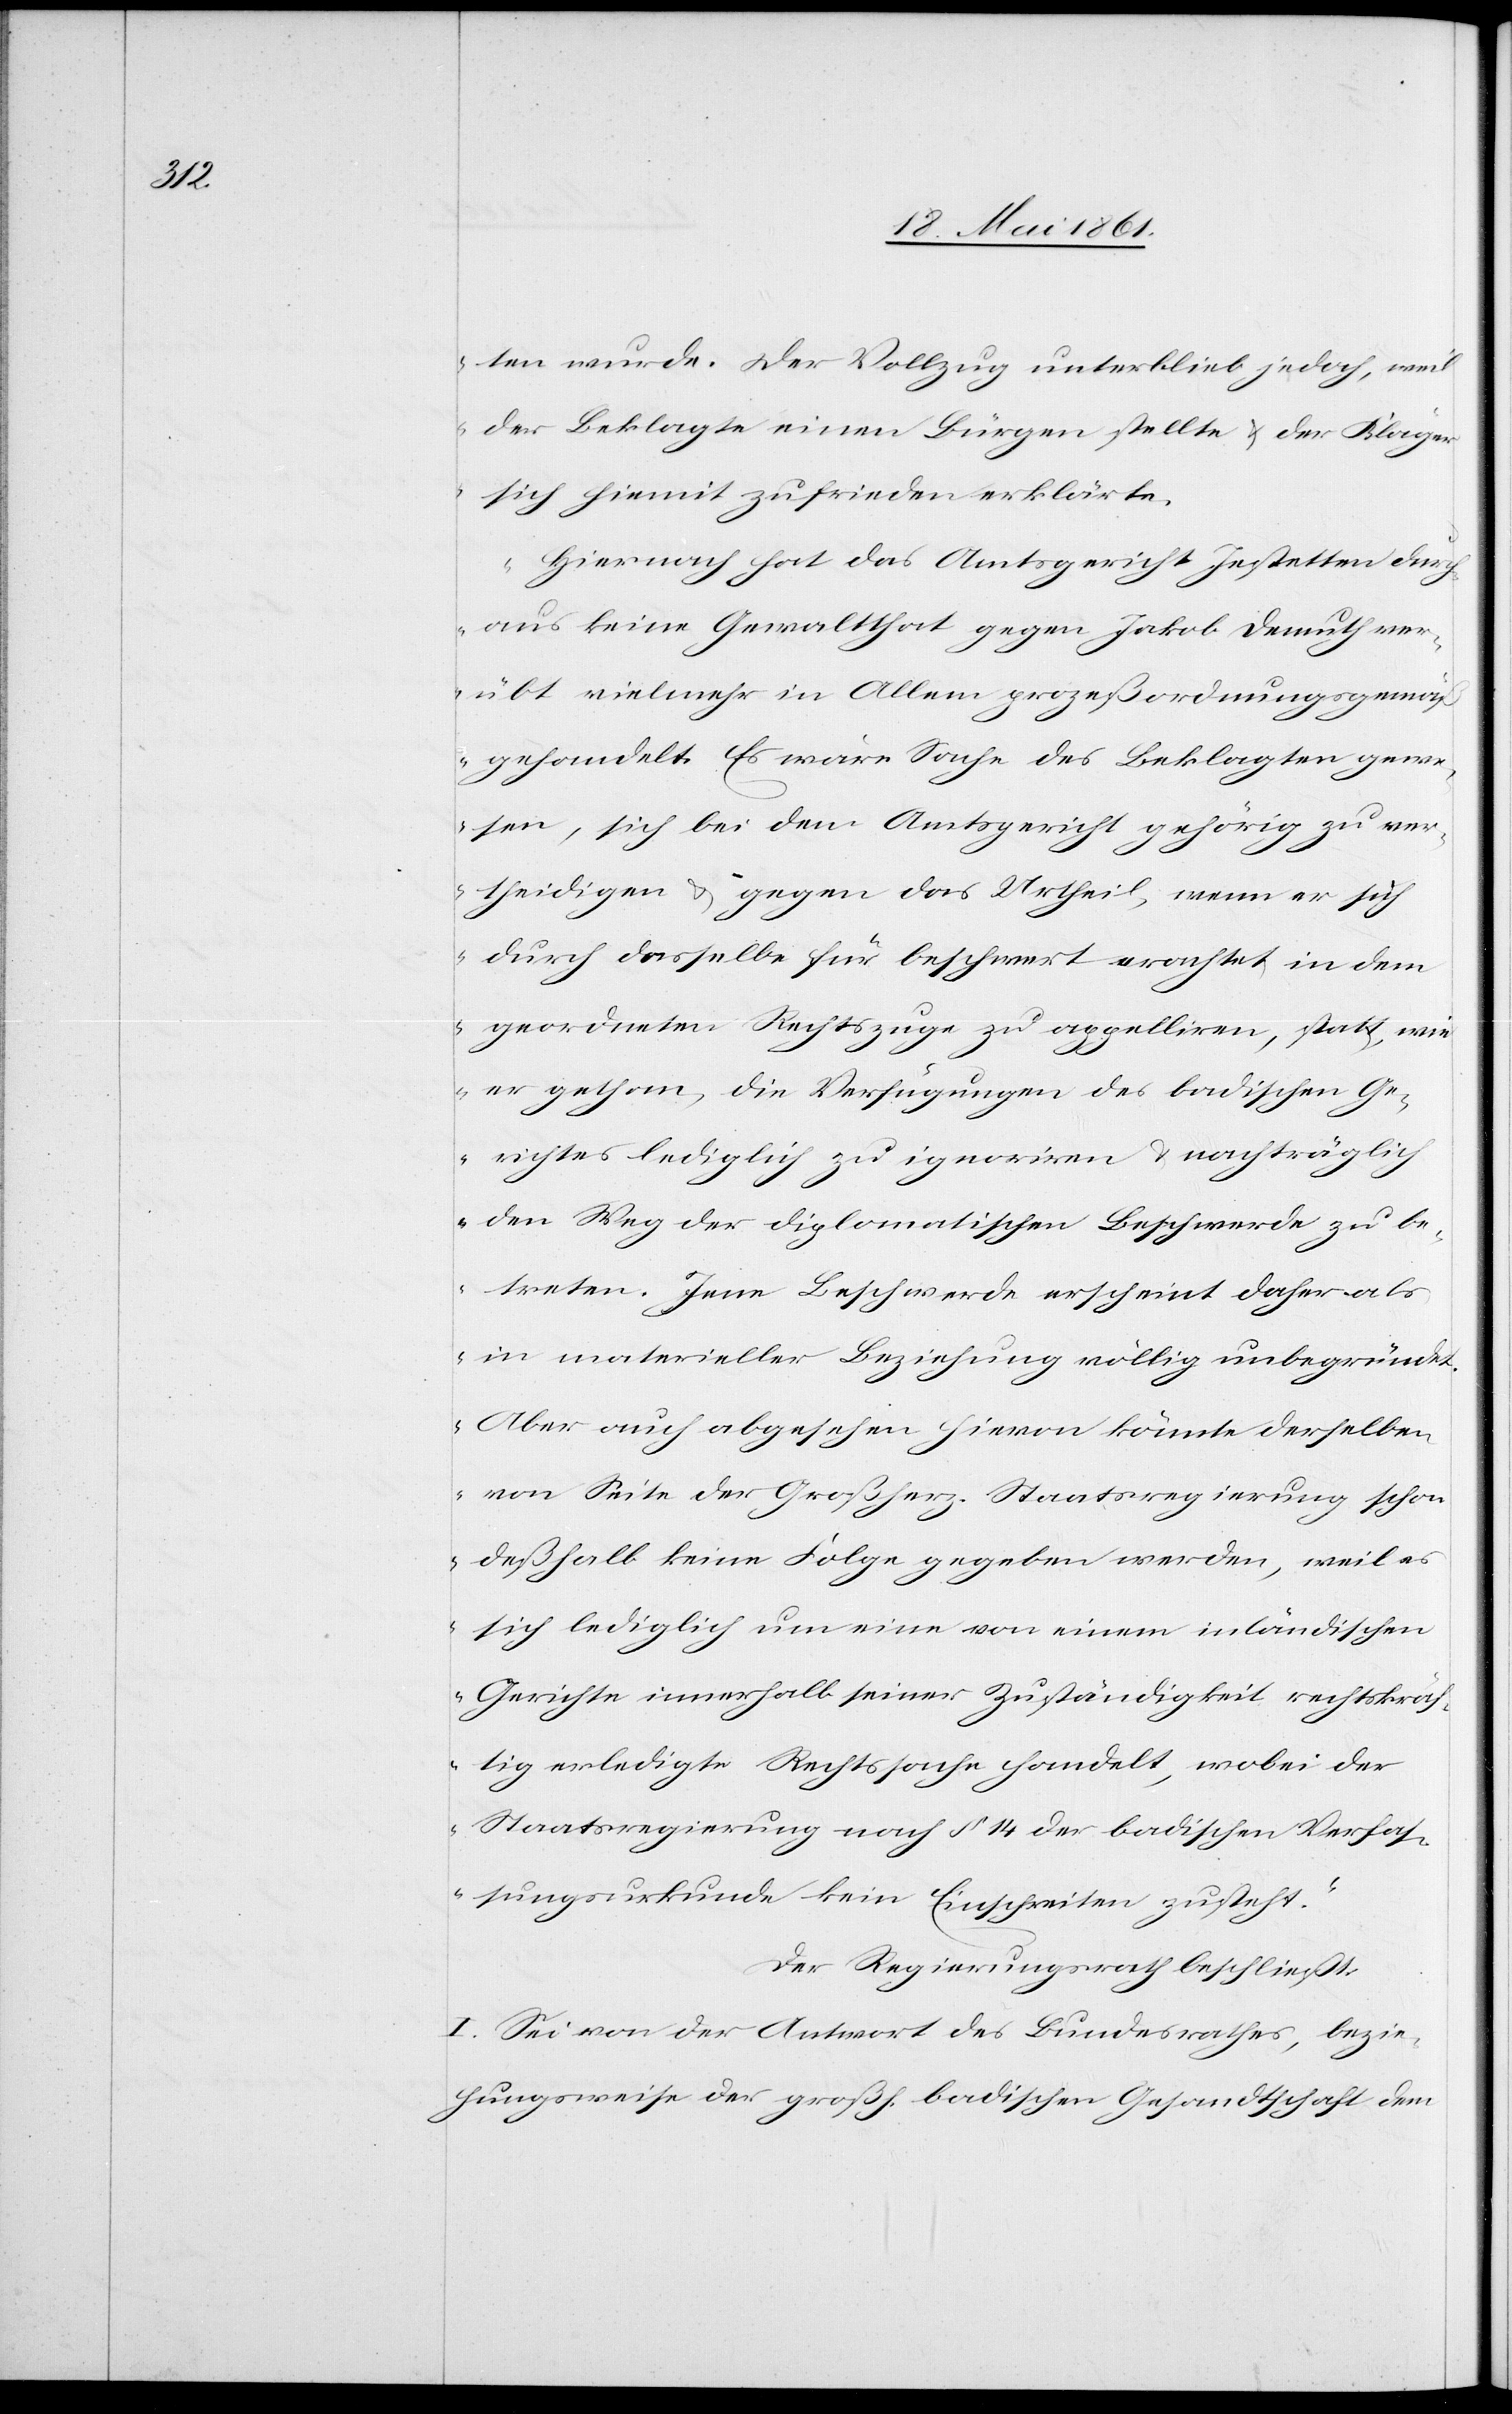
ten wurde. Der Vollzug unterblieb jedoch, weil
der Beklagte einen Bürgen stellte u. der Kläger
sich hiemit zufrieden erklärte.
Hiernach hat das Amtsgericht Jestetten durch¬
aus keine Gewaltthat gegen Jakob Demuth ver¬
übt vielmehr in Allem prozeßordnungsgemä¬
ß gehandelt. Es wäre Sache des Beklagten gewe¬
sen, sich bei dem Amtsgericht gehörig zu ver¬
theidigen u. gegen das Urtheil, wenn er sich
durch dasselbe für beschwert erachtet in dem
geordneten Rechtszuge zu appelliren, statt, wie
er gethan, die Verfügungen des badischen Ge¬
richtes lediglich zu ignoriren u. nachträglich
den Weg der diplomatischen Beschwerde zu be¬
treten. Jene Beschwerde erscheint daher als
in materieller Beziehung völlig unbegründet.
Aber auch abgesehen hievon könnte derselben
von Seite der Großherz. Staatsregierung schon
deßhalb keine Folge geben werden, weil es
sich lediglich um eine von einem inländischen
Gerichte innerhalb seiner Zuständigkeit rechtskräf¬
tig erledigte Rechtssache handelt, wobei der
Staatsregierung nach § 14 der badischen Verfas¬
sungsurkunde kein Einschreiten zusteht.“
Der Regierungsrath beschließt:
I. Sei von der Antwort des Bundesrathes, bezie¬
hungsweise der großh. badischen Gesandtschaft dem